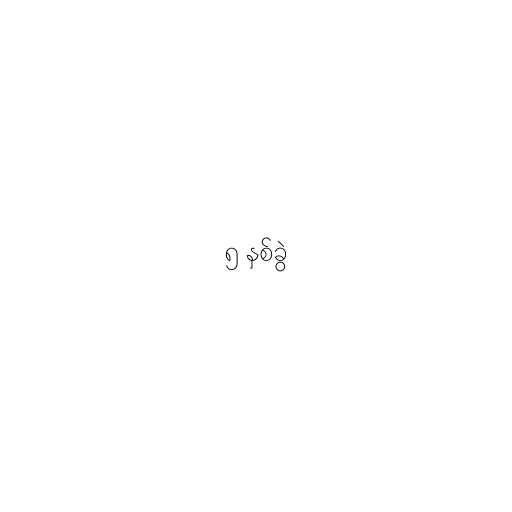
၅ နှစ်ခွဲ